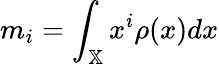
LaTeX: m_{i}=\int_{\mathbb{X}}x^{i}\rho(x)dx